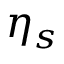
\eta _ { s }